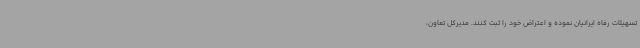
تسهیلات رفاه ایرانیان نموده و اعتراض خود را ثبت کنند. مدیرکل تعاون،